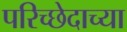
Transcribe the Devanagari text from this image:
परिच्छेदाच्या